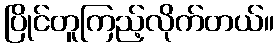
ပြိုင်တူကြည့်လိုက်တယ်။